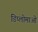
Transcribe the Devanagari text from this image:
डिप्लोमाओं